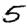
Digit: 5